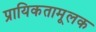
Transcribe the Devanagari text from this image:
प्रायिकतामूलक